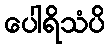
ပေါရိသံပိ